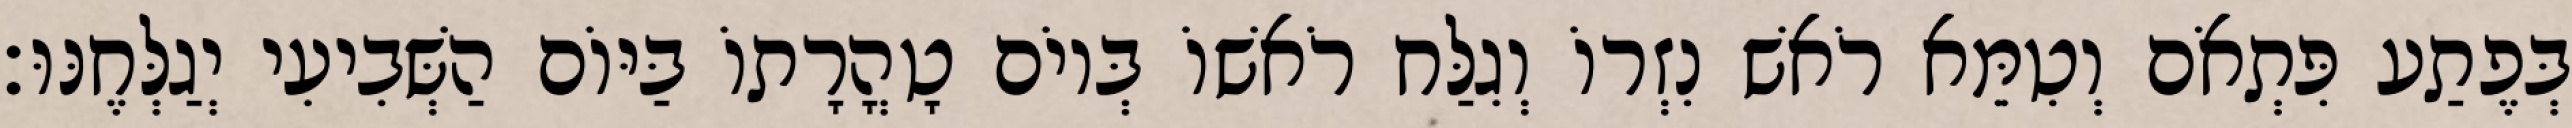
בְּפֶתַע פִּתְאֹם וְטִמֵּא רֹאשׁ נִזְרוֹ וְגִלַּח רֹאשׁוֹ בְּיוֹם טָהֳרָתוֹ בַּיּוֹם הַשְּׁבִיעִי יְגַלְּחֶנּוּ׃